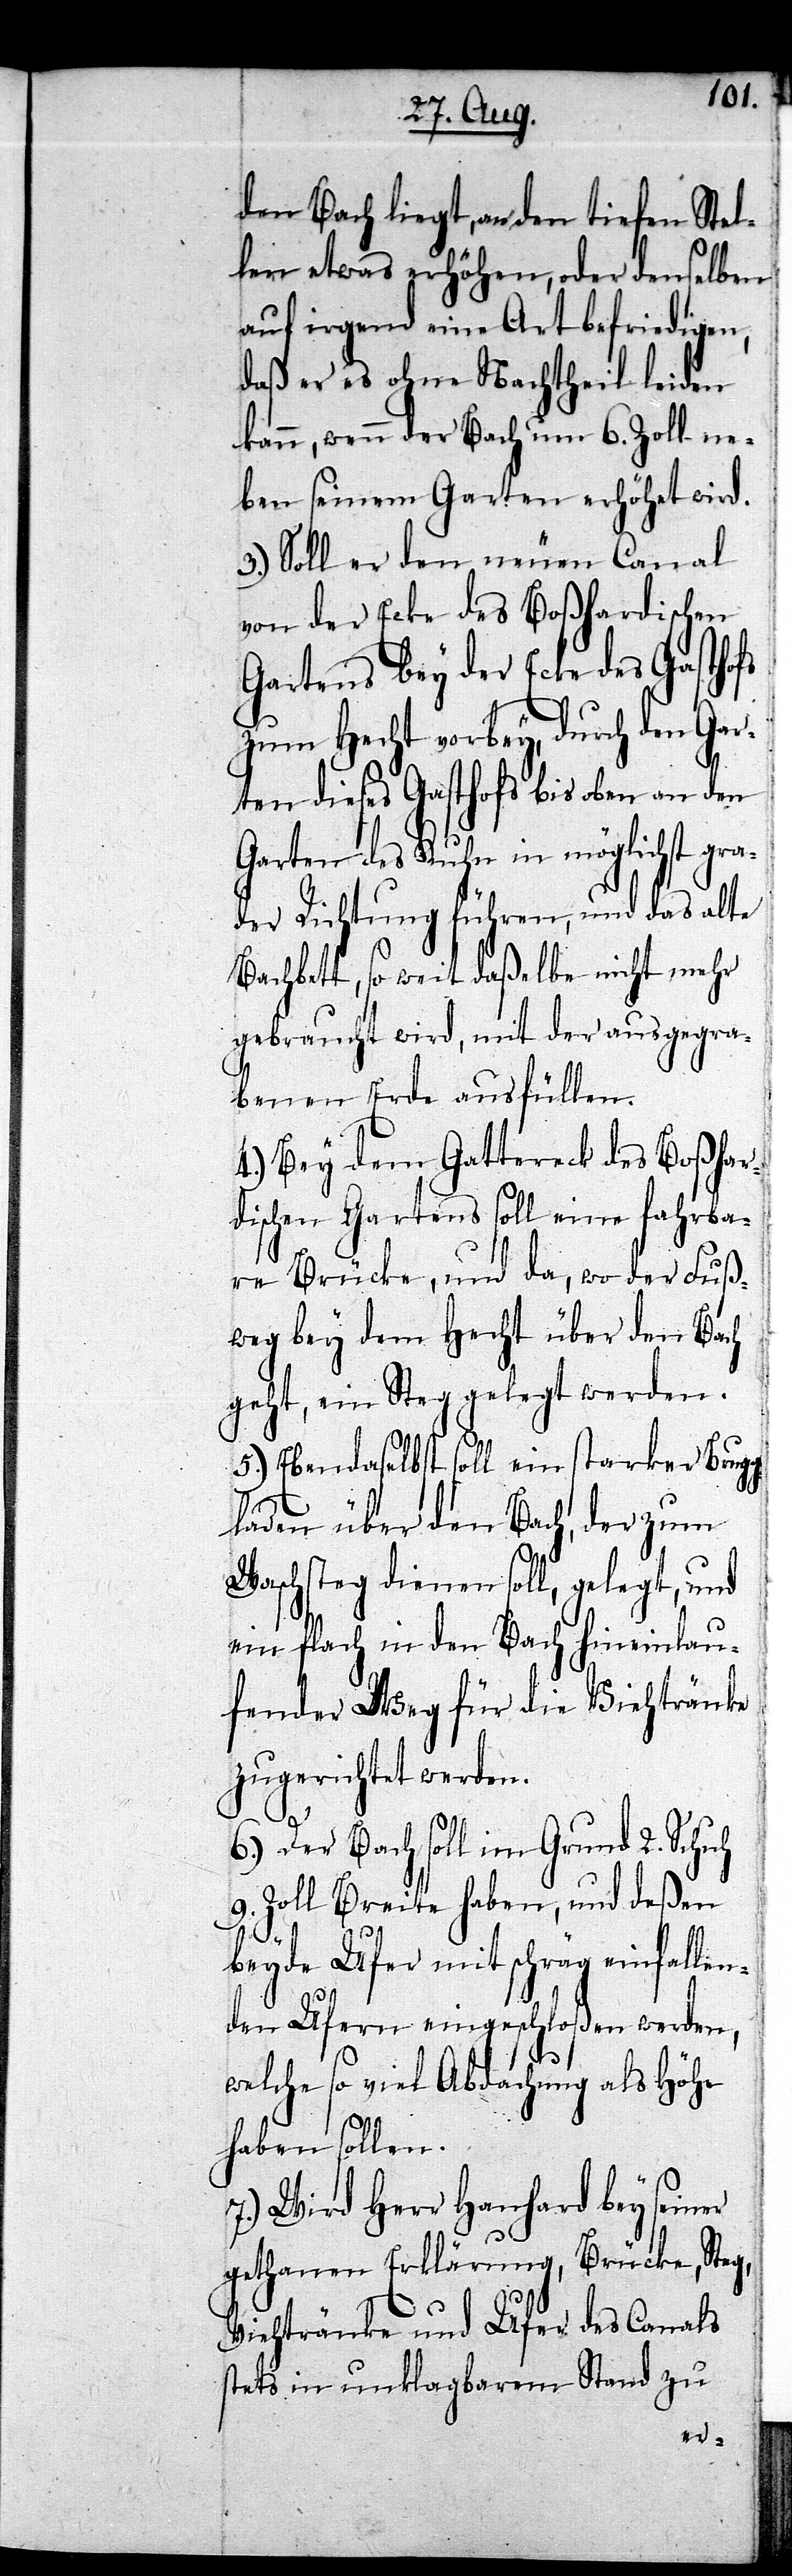
den Bach liegt, an den tiefen Stel¬
len etwas erhöhen, oder denselben
auf irgend eine Art befriedigen,
daß er es ohne Nachtheil leiden
kann, wenn der Bach um 6. Zoll ne¬
ben seinem Garten erhöhet wird.
3.) Soll er den neuen Canal
von der Ecke des Boßhardischen
Gartens bey der Ecke des Gasthofs
zum Hecht vorbey, durch den Gar¬
ten dieses Gasthofs bis oben an den
Garten des Kuhn in möglichst gra¬
der Richtung führen, und das alte
Bachbett, so weit daßelbe nicht mehr
gebraucht wird, mit der ausgegra¬
benen Erde ausfüllen.
4.) Bey dem Gattereck des Boßhar¬
dischen Gartens soll eine fahrba¬
re Brücke, und da, wo der Fuß¬
weg bey dem Hecht über den Bach
geht, ein Steg gelegt werden.
5.) Ebendaselbst soll ein starker Brug¬
gladen über den Bach, der zum
Waschsteg dienen soll, gelegt, und
ein flach in den Bach hineinlau¬
fender Weg für die Viehtränke
zugerichtet werden.
6.) Der Bach soll im Grund 2. Schuh
9. Zoll Breite haben, und deßen
beyde Ufer mit schräg einfallen¬
den Ufern eingeschloßen werden,
welche so viel Abdachung als Höhe
haben sollen.
7.) Wird Herr Hanhard bey seiner
gethanen Erklärung, Brücke, Steg,
Viehtränke und Ufer des Canals
stets in unklagbarem Stand zu